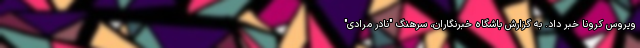
ویروس کرونا خبر داد. به گزارش باشگاه خبرنگاران، سرهنگ "نادر مرادی"